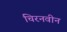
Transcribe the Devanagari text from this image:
चिरनवीन